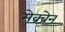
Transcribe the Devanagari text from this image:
मेक्ब्रेन